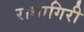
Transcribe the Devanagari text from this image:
राधागिरी